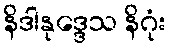
နိဒါနုဒ္ဒေသ နိဂုံး